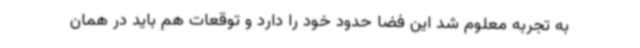
به تجربه معلوم شد این فضا حدود خود را دارد و توقعات هم باید در همان